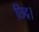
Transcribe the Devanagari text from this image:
छिद्र।